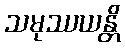
သမုဿယန္တိ